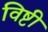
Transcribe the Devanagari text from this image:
विष्टी